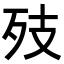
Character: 𭮂